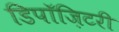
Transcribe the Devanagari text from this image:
डिपॉज़िटरी